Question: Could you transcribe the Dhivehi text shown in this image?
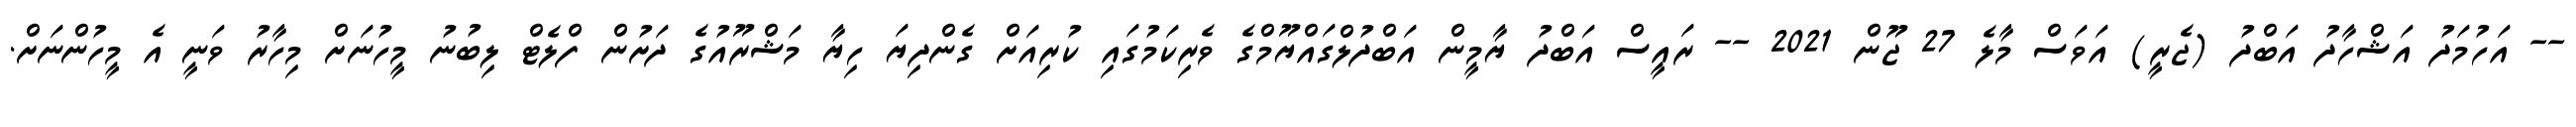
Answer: -- އަހުމަދު އަޝްހާދު އަބްދު (ޖެރީ) އަވަސް މާލެ 27 ޖޫން 2021 -- ރައީސް އަބްދު ޔާމީން އަބްދުލްގައްޔޫމްގެ ވެރިކަމުގައި ކުރިއަށް ގެންދިޔަ ހިޔާ މަޝްރޫއުގެ ދަށުން ފްލެޓް ލިބުނު މީހުނަށް މިހާރު ވަނީ އެ މީހުންނަށް.